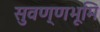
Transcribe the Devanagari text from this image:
सुवण्णभूमि